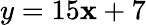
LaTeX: y=15\mathbf{x}+7